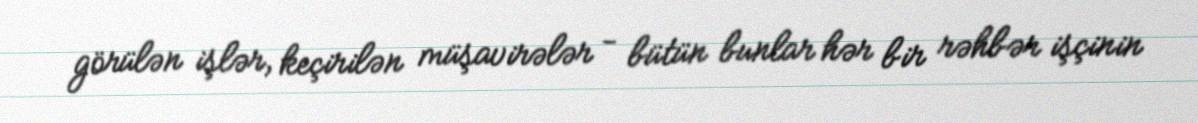
görülən işlər, keçirilən müşavirələr - bütün bunlar hər bir rəhbər işçinin